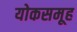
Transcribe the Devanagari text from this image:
योकसमूह